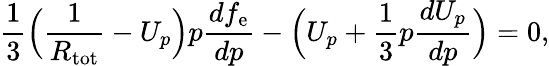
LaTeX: \frac{1}{3}\Big(\frac{1}{R_{\mathrm{tot}}}-U_{p}\Big)p\frac{df_{\mathrm{e}}}{dp}-\Big(U_{p}+\frac{1}{3}p\frac{dU_{p}}{dp}\Big)=0,